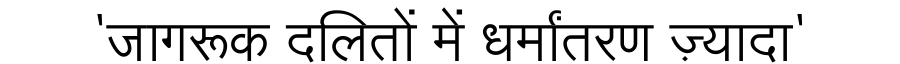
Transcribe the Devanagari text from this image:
'जागरूक दलितों में धर्मांतरण ज़्यादा'